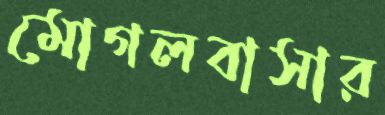
মোগলবাসার